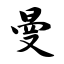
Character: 曼